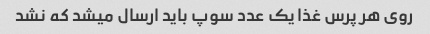
روی هر پرس غذا یک عدد سوپ باید ارسال میشد که نشد